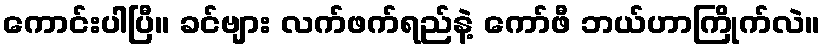
ကောင်းပါပြီ။ ခင်ဗျား လက်ဖက်ရည်နဲ့ ကော်ဖီ ဘယ်ဟာကြိုက်လဲ။